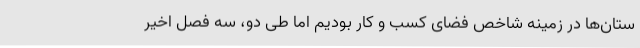
ستان‌ها در زمینه شاخص فضای کسب و کار بودیم اما طی دو، سه فصل اخیر